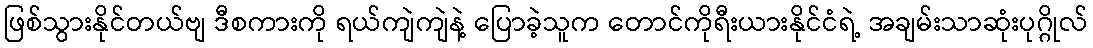
ဖြစ်သွားနိုင်တယ်ဗျ ဒီစကားကို ရယ်ကျဲကျဲနဲ့ ပြောခဲ့သူက တောင်ကိုရီးယားနိုင်ငံရဲ့ အချမ်းသာဆုံးပုဂ္ဂိုလ်